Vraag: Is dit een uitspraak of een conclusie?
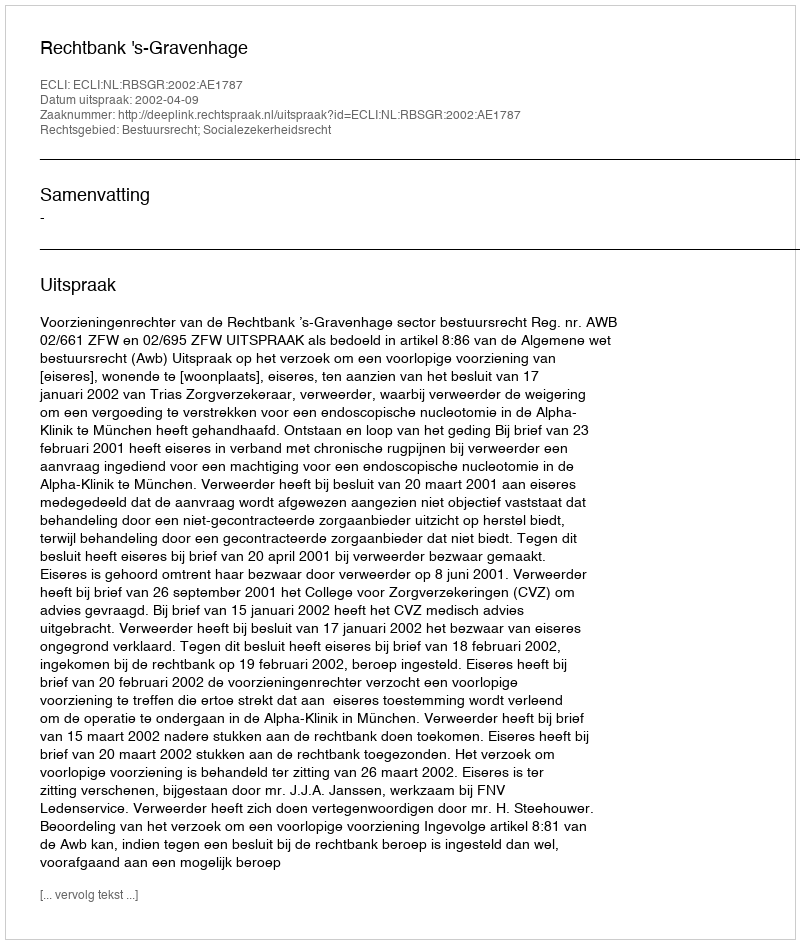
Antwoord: Uitspraak